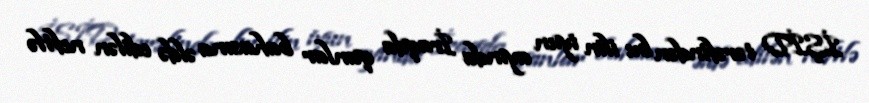
İŞİD tərəfindən bu ilin iyun ayında İraqda qanlar bahasına əldə edilən neftlə